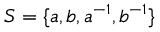
S = \{ a , b , a ^ { - 1 } , b ^ { - 1 } \}